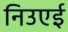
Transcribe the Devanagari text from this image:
निउएई